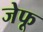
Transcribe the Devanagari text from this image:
जेफू